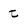
Character: t